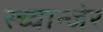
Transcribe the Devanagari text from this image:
स्च्वान्जेर